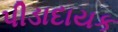
પીડાદાયક